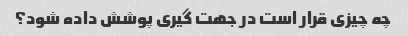
چه چیزی قرار است در جهت گیری پوشش داده شود؟